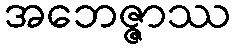
အဘေဇ္ဇာဿ